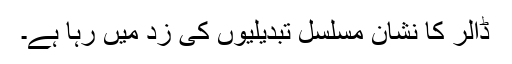
ڈالر کا نشان مسلسل تبدیلیوں کی زد میں رہا ہے۔